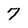
Character: 7